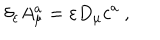
\delta _ { \varepsilon } A _ { \mu } ^ { a } = \varepsilon D _ { \mu } c ^ { a } ~ ,